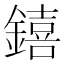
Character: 𨭎